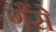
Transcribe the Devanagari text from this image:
गैंसे